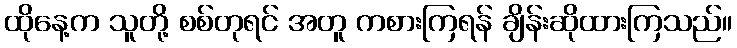
ထိုနေ့က သူတို့ စစ်တုရင် အတူ ကစားကြရန် ချိန်းဆိုထားကြသည်။